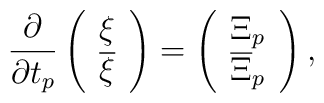
\frac{\partial}{\partial t_p}\left(\begin{array}{cc} \xi \\ {\overline \xi} \end{array}\right)=\left(\begin{array}{cc} {\Xi}_p \\ {\overline \Xi}_p \end{array}\right),